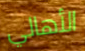
الأهالي